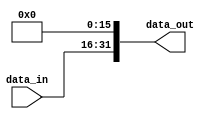
module shift_left_16 (
  input wire [15:0] data_in, //vem de Instr15_0	do Instr_Reg.vhd
  output wire [31:0] data_out //vai para g do mux_memtoreg.v
);

  assign data_out = {data_in, 16'b0}; //concatena data_in (MSB) com o nmero 0 extendido em 16 bits (LSB)

endmodule